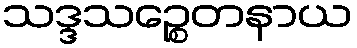
သဒ္ဒသဉ္စေတနာယ